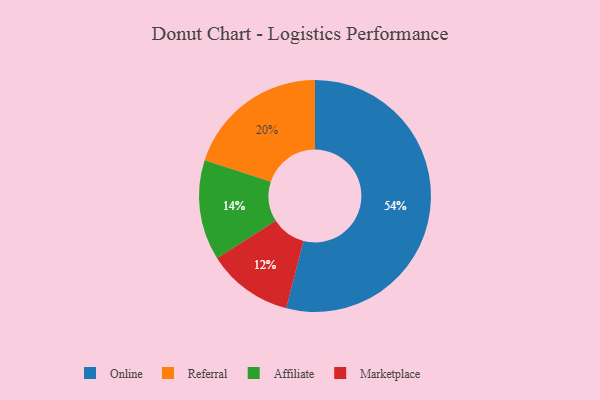
{"axis": {"x": "Category", "y": "Percentage"}, "legend": ["Affiliate", "Marketplace", "Online", "Referral"], "data": [{"x": "Referral", "y": 20, "type": "Referral"}, {"x": "Online", "y": 54, "type": "Online"}, {"x": "Marketplace", "y": 12, "type": "Marketplace"}, {"x": "Affiliate", "y": 14, "type": "Affiliate"}]}